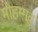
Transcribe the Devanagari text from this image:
मोहम्मदू